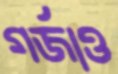
গর্জাও